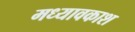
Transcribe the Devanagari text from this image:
मध्यावकाश